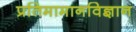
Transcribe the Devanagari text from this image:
प्रतिमामानविज्ञान